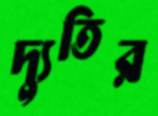
দ্যুতির